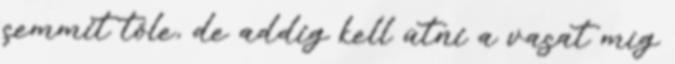
semmit tőle, de addig kell ütni a vasat míg